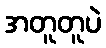
အတူတူပဲ